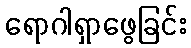
ရောဂါရှာဖွေခြင်း